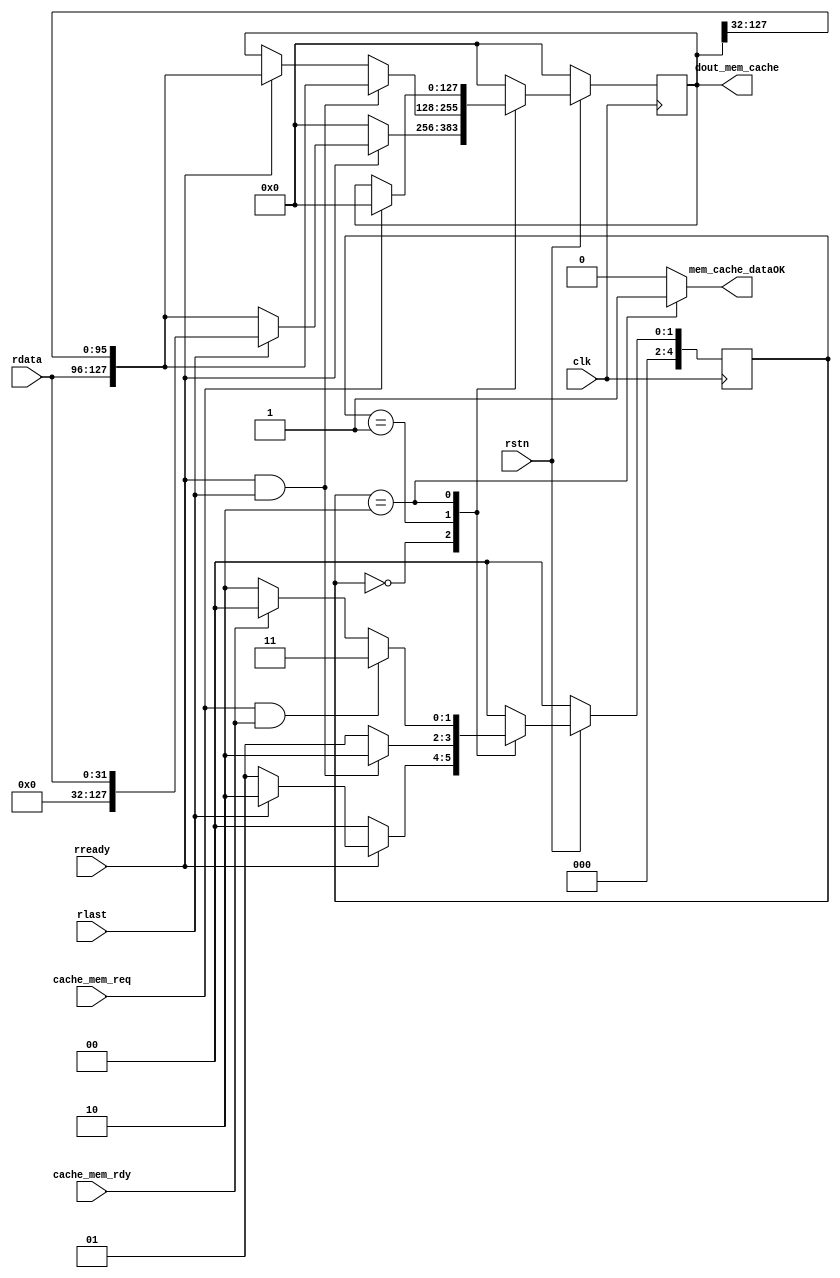

//l1icachedcache
//l2bufarbiteraxi
module ReturnBuffer #(
    parameter   offset_width=2
)(
    input               clk,
    input               rstn,

    //cache
    input               cache_mem_req,
    output reg          mem_cache_dataOK,
    output              [(1<<offset_width)*32-1:0]dout_mem_cache,
    //axi
    input               rready,   //r: arbiter->i:dataOK
    input[31:0]         rdata,
    // `ifdef L2Cache
        input           cache_mem_rdy,
    // `endif
    input               rlast
    // input               dma_sign
);
    localparam  WORD_NUM = (1 << offset_width)*32-1,              // words per block(set)
                WORD_SIZE = 2;                                  // word offset width


    reg [4:0]   state,next_state;
    localparam  IDLE = 5'b0,RECEIVE = 5'b1,SEND = 5'b10,OK=5'b11;

    always @(posedge clk) begin
        if(!rstn) begin
            state <= IDLE;
        end else begin
            state <= next_state;
        end
    end

    reg [WORD_NUM:0] _word;
    assign dout_mem_cache = _word;

    //
    always @(*) begin
        case (state)
            IDLE: begin
                if(rready) begin
                    if(rlast) next_state=SEND;
                    else next_state = RECEIVE;
                end
                else begin
                    next_state = IDLE;
                end
            end
            RECEIVE: begin
                if(rready&&rlast) begin
                    next_state = SEND;
                end
                else begin
                    next_state = RECEIVE;
                end
            end
            SEND: begin
                // `ifdef L2Cache
                    if(cache_mem_req&&cache_mem_rdy) begin
                        next_state = OK;
                    end
                    else if(cache_mem_rdy) begin
                        next_state = IDLE;
                    end
                    else begin
                        next_state = SEND;
                    end
                // `endif
                // `ifndef L2Cache
                //     if(cache_mem_req) begin
                //         next_state = OK;
                //     end
                //     else begin
                //         next_state = IDLE;
                //     end
                // `endif
            end
            default:begin
                next_state = IDLE;
            end 
        endcase
    end

    always @(posedge clk) begin
        if(!rstn) begin
            _word<=0;
        end
        else begin 
            case (state)
                IDLE: begin
                    if(rready) begin
                        if(rlast) _word<={{((1<<offset_width)*32-32){1'b0}},rdata};
                        else _word <= {rdata,_word[(1<<offset_width)*32-1:32]};
                    end
                    else begin
                        _word <= 0;
                    end
                end
                RECEIVE: begin
                    if(rready&&rlast) begin
                        _word <= {rdata,_word[(1<<offset_width)*32-1:32]};
                    end
                    else begin
                        if(rready) begin
                            _word <= {rdata,_word[(1<<offset_width)*32-1:32]};
                        end
                        else ;
                    end
                end
                SEND: begin
                    if(cache_mem_req) begin
                        _word<=0;
                    end
                    else ;
                end
                default:begin
                    _word<=0;
                end 
            endcase
        end
    end

    always @(*) begin
        mem_cache_dataOK=0;
        case (state)
            IDLE: ;
            RECEIVE: ;
            SEND: mem_cache_dataOK=1;
            default: ;
        endcase
    end
endmodule